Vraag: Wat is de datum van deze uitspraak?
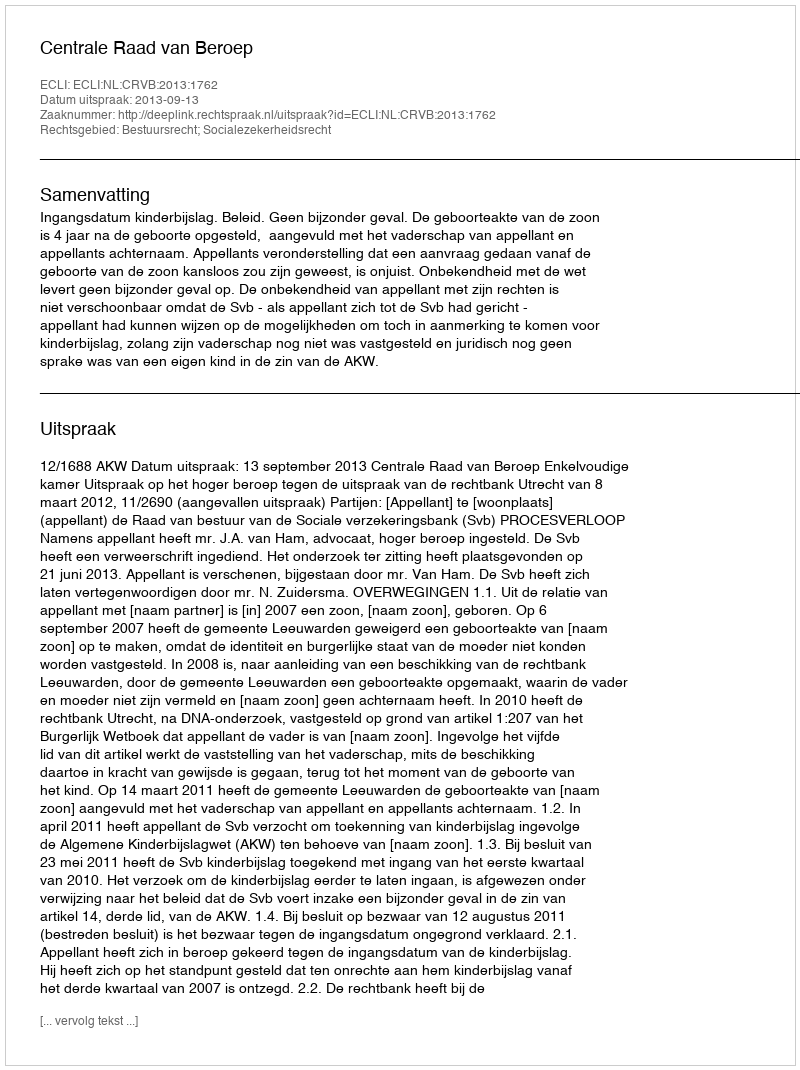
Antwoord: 2013-09-13